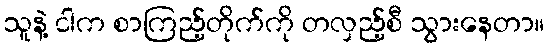
သူနဲ့ ငါက စာကြည့်တိုက်ကို တလှည့်စီ သွားနေတာ။